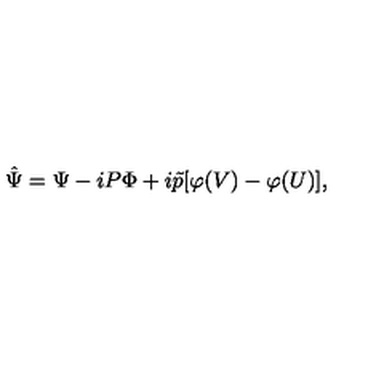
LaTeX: \hat { \Psi } = \Psi - i P \Phi + i \tilde { p } [ \varphi ( V ) - \varphi ( U ) ] ,